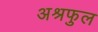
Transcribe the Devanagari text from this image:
अश्रफुल